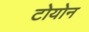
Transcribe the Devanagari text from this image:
टोयोन